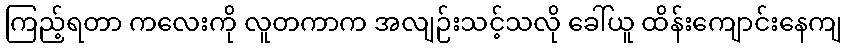
ကြည့်ရတာ ကလေးကို လူတကာက အလျဉ်းသင့်သလို ခေါ်ယူ ထိန်းကျောင်းနေကျ